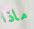
ماذا